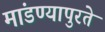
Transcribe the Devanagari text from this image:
मांडण्यापुरते